system: You are a helpful assistant.
user:
Analyze the provided spectrum to determine if it is a **S-type Star**.

- **Key Indicators for S-type Star:**

    - **(Overall Spectrum Shape):** The first and most obvious characteristic is the overall continuum (the "baseline" shape). It is **extremely "red-sloping,"** meaning the flux (light intensity) is very low on the left side (blue, ~4000-4500 Å) and rises steeply and continuously toward the right side (red, ~7000 Å+).

    - **(Primary):** The spectrum is defined by the presence of strong, broad molecular absorption "valleys" (bands) from **Zirconium Oxide (ZrO)**. The identification of these bands is the **primary requirement** for classifying a star as S-type.
        - **(Key Bandheads):** You must find distinct, deep "dips" where the light has been absorbed. The most critical band systems to locate are:
            - **~6474 Å** ($\gamma$-system): This is often the strongest and clearest ZrO feature, found in the red part of the spectrum.
            - **~5718 Å** & **~5551 Å** ($\beta$-system): A pair of prominent absorption features in the yellow-orange part of the spectrum.
            - **~4640 Å** ($\alpha$-system): A key absorption band system in the blue-green region of the spectrum.

    - **(Secondary Confirmation):** The classification is strengthened by finding additional absorption bands from other related heavy element oxides, which are expected to be present alongside ZrO.
        - **(Key Bandheads):**
            - **Yttrium Oxide (YO):** Look for absorption dips near **~4800 Å** and **~6100 Å**.
            - **Lanthanum Oxide (LaO):** Additional absorption features, particularly in the red-orange part of the spectrum, are also characteristic.

    - **(Line Profile):** The combination of the steep red continuum and these numerous, deep molecular bands (ZrO, YO, etc.) gives the entire spectrum a very **"chopped-up"** or **"bumpy"** appearance. Instead of a smooth curve, the spectrum looks as though large, wide chunks of light have been "carved out" of it at the specific wavelengths listed above.

Think first, call **spectral_visualization_tool** if needed to examine features in detail, then provide your final answer. Your response must adhere to the following strict rules:
1.  **Overall Structure:** Your response must follow the format `<think>...</think> <tool_call>...</tool_call> (if a tool is used) <answer>...</answer>`.
2.  **Tool Usage Constraint:** You may only make **one** tool call per turn.
3.  **Final Answer Format:** In the `<answer>` tag, your conclusion must be inside a `\boxed{}` command (e.g., `\boxed{YES}` or `\boxed{NO}`), followed by your justification.

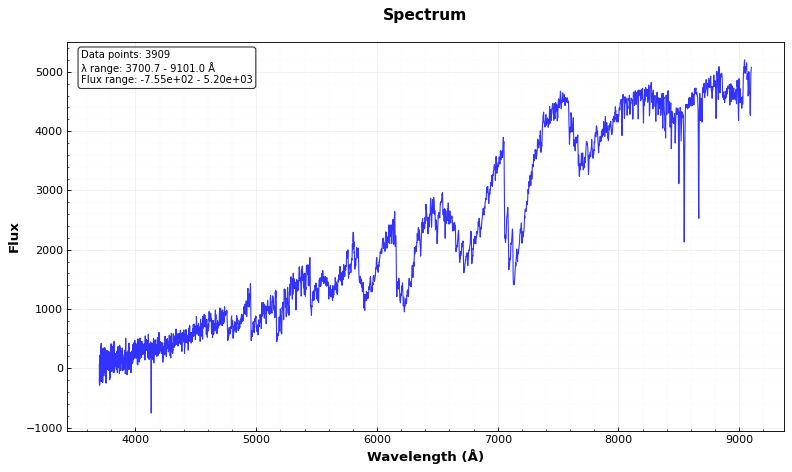
Answer: YES